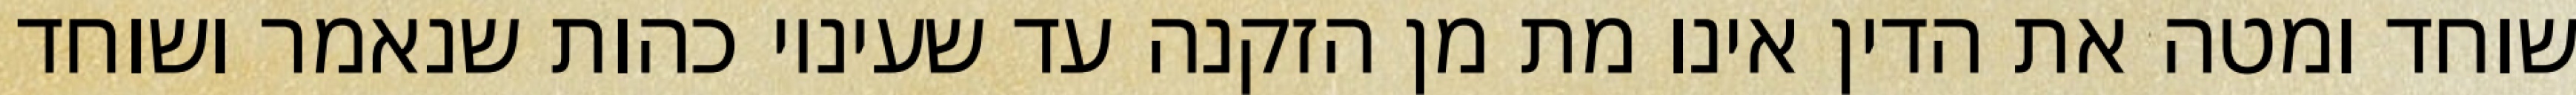
שוחד ומטה את הדין אינו מת מן הזקנה עד שעיניו כהות שנאמר ושוחד